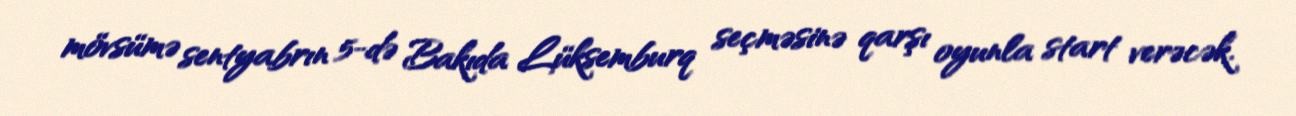
mövsümə sentyabrın 5-də Bakıda Lüksemburq seçməsinə qarşı oyunla start verəcək.